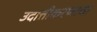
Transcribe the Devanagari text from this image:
उदात्तीकरणाचा